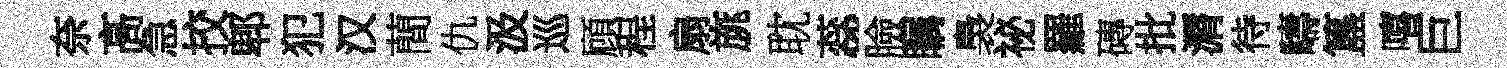
奈髙急挍郫犯汉蕳仇汲巡頋程扇旐耽蕊臉瞩裊祕羅磚批漘待疇簋嘻巨